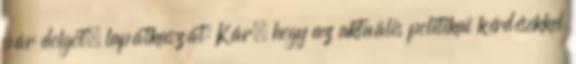
pár dolgot. lapátkaszát: Kár, hogy az aktuális politikai kérdésekkel